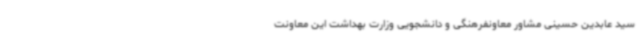
سید عابدین حسینی مشاور معاونفرهنگی و دانشجویی وزارت بهداشت این معاونت